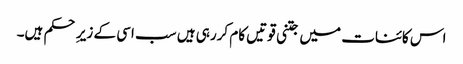
اس کائنات میں جتنی قوتیں کام کررہی ہیں سب اسی کے زیرِ حکم ہیں۔